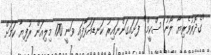
"ގެދޮރުވެރިޔާ ލޯނު ސްކީމް" ފަށައިގަންނައިރު ކަނޑައަޅާފައި ވަނީ 170 މިލިއަން ރުފިޔާ ކަމަށް